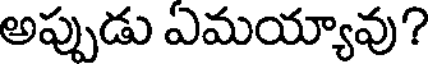
అప్పుడు ఏమయ్యావు?